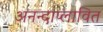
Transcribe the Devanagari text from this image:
अनन्दाप्लावित